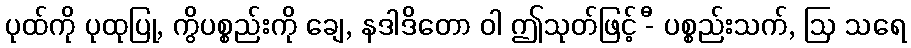
ပုထ်ကို ပုထုပြု, ကွိပစ္စည်းကို ချေ, နဒါဒိတော ဝါ ဤသုတ်ဖြင့် -ီ ပစ္စည်းသက်, ဩ သရေ